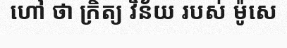
ហៅ ថា ក្រិត្យ វិន័យ របស់ ម៉ូសេ